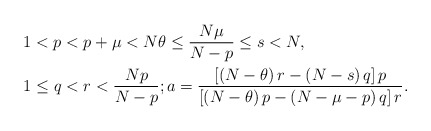
\begin{align*}1 & <p<p+\mu<N\theta\leq\frac{N\mu}{N-p}\leq s<N,\\1 & \leq q<r<\frac{Np}{N-p};a=\frac{\left[ \left( N-\theta\right)r-\left( N-s\right) q\right] p}{\left[ \left( N-\theta\right) p-\left(N-\mu-p\right) q\right] r}.\end{align*}